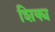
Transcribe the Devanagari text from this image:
शिक्य